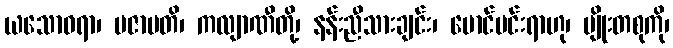
ယသောဓရာ၊ ပဇာပတိ၊ ကလျာဏီတို့၊ နန်းညီသားချင်း၊ မောင်မင်းရာဟု၊ မျိုးတစုကို၊